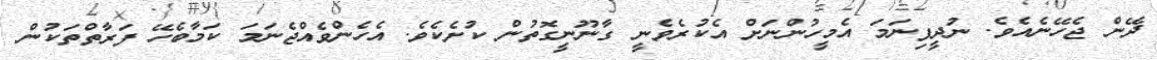
ދޭން ޖެހޭނެއެވެ. ނުދީފިނަމަ އެމީހުންނަށް އެކުރެވެނީ ގާނޫނީގޮތުން ކުށެކެވެ. އެހެންވެއްޖެނަމަ ކަމާބެހޭ ފަރާތްތަކުން